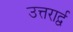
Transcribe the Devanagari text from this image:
उत्तरार्द्व